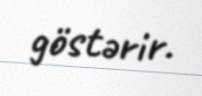
göstərir.